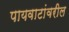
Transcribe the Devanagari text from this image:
पायवाटांवरील